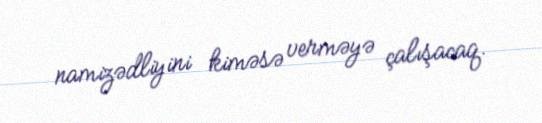
namizədliyini kiməsə verməyə çalışacaq.